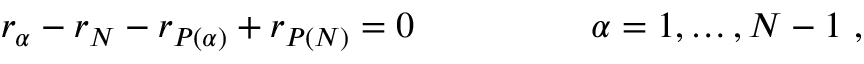
r _ { \alpha } - r _ { N } - r _ { P ( \alpha ) } + r _ { P ( N ) } = 0 \, ~ ~ ~ ~ ~ ~ ~ ~ ~ ~ ~ ~ ~ ~ \alpha = 1 , \dots , N - 1 \ ,